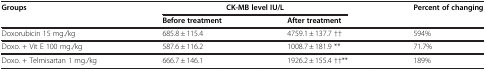
| <ROWSPAN=2> Groups | <COLSPAN=2> CK-MB level IU/L | Percent of changing |
 | Before treatment | After treatment |  |
 | --- | --- | --- | --- |
 | Doxorubicin 15 mg./kg | 685.8 ± 115.4 | 4759.1 ± 137.7 †† | 594% |
 | Doxo. + Vit E 100 mg./kg | 587.6 ± 116.2 | 1008.7 ± 181.9 ** | 71.7% |
 | Doxo. + Telmisartan 1 mg./kg | 666.7 ± 146.1 | 1926.2 ± 155.4 ††** | 189% |